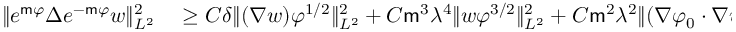
\begin{array} { r l } { \| e ^ { \mathsf { m } \varphi } \Delta e ^ { - \mathsf { m } \varphi } w \| _ { L ^ { 2 } } ^ { 2 } } & { { } \geq C \delta \| ( \nabla w ) \varphi ^ { 1 / 2 } \| _ { L ^ { 2 } } ^ { 2 } + C \mathsf { m } ^ { 3 } \lambda ^ { 4 } \| w \varphi ^ { 3 / 2 } \| _ { L ^ { 2 } } ^ { 2 } + C \mathsf { m } ^ { 2 } \lambda ^ { 2 } \| ( \nabla \varphi _ { 0 } \cdot \nabla w ) \varphi \| _ { L ^ { 2 } } ^ { 2 } } \end{array}